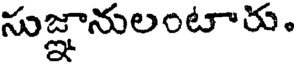
సుజ్ఞానులంటారు.